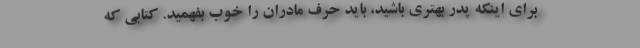
برای اینکه پدر بهتری باشید، باید حرف مادران را خوب بفهمید. کتابی که